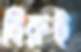
বিরুই